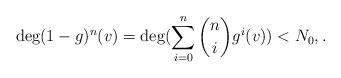
LaTeX: \begin{align*}\deg (1-g)^n(v)=\deg (\sum_{i=0}^n {n \choose i} g^i(v))< N_0, {}.\end{align*}